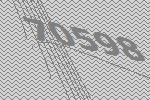
70598